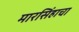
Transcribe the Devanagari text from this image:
मारसिंहाचा